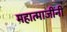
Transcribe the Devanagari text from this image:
महात्माजींनी